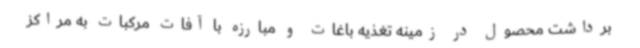
برداشت محصول در زمینه تغذیه باغات و مبارزه با آفات مرکبات به مراکز